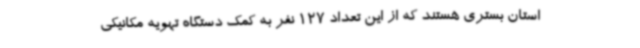
استان بستری هستند که از این تعداد 127 نفر به کمک دستگاه تهویه مکانیکی